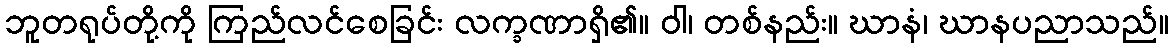
ဘူတရုပ်တို့ကို ကြည်လင်စေခြင်း လက္ခဏာရှိ၏။ ဝါ၊ တစ်နည်း။ ဃာနံ၊ ဃာနပညာသည်။